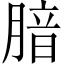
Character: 腤